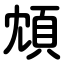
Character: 䪴